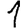
Digit: 1